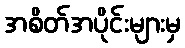
အစိတ်အပိုင်းများမှ